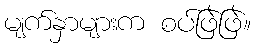
မျက်နှာများက စပ်ဖြဲဖြဲ။